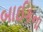
બાઈકના